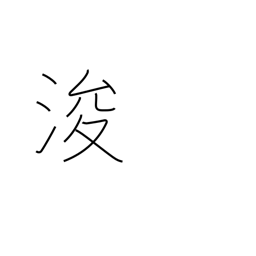
Meaning: dredge